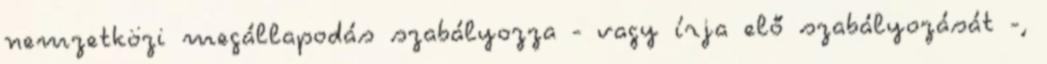
nemzetközi megállapodás szabályozza - vagy írja elő szabályozását -,